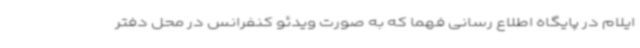
ایلام در پایگاه اطلاع رسانی فهما که به صورت ویدئو کنفرانس در محل دفتر